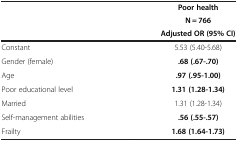
<table><thead><tr><td rowspan="3"><b> </b></td><td><b>Poor health</b></td></tr><tr><td><b>N = 766</b></td></tr><tr><td><b>Adjusted OR (95% CI)</b></td></tr></thead><tbody><tr><td>Constant</td><td>5.53 (5.40-5.68)</td></tr><tr><td>Gender (female)</td><td><b>.68 (.67-.70)</b></td></tr><tr><td>Age</td><td><b>.97 (.95-1.00)</b></td></tr><tr><td>Poor educational level</td><td><b>1.31 (1.28-1.34)</b></td></tr><tr><td>Married</td><td>1.31 (1.28-1.34)</td></tr><tr><td>Self-management abilities</td><td><b>.56 (.55-.57)</b></td></tr><tr><td>Frailty</td><td><b>1.68 (1.64-1.73)</b></td></tr></tbody></table>